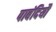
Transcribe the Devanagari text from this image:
पाबंदियौं